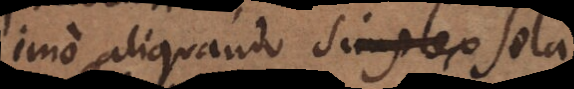
imo aliquando simplex sola